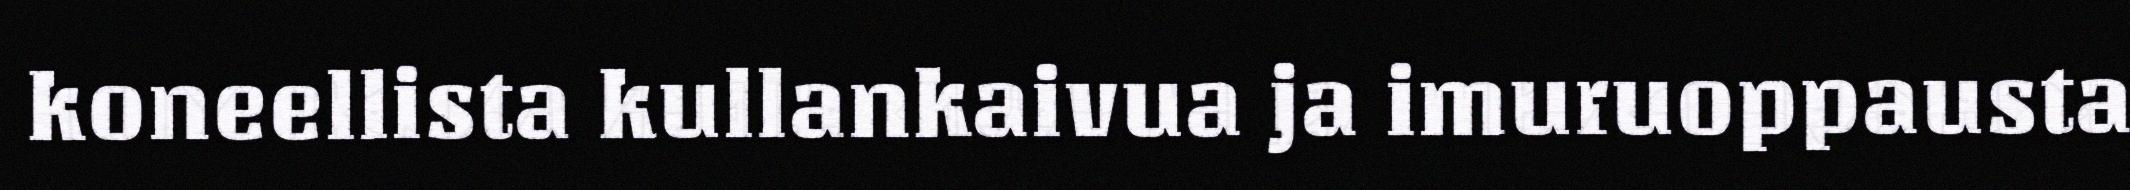
koneellista kullankaivua ja imuruoppausta